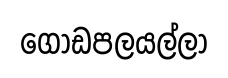
ගොඩපලයල්ලා